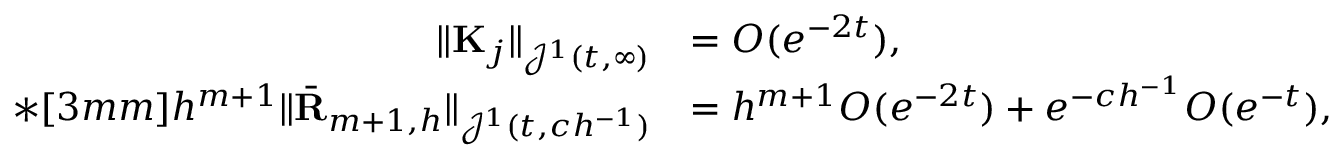
\begin{array} { r l } { \| { \mathbf K } _ { j } \| _ { { \mathcal J } ^ { 1 } ( t , \infty ) } } & { = O ( e ^ { - 2 t } ) , } \\ { * [ 3 m m ] h ^ { m + 1 } \| \bar { \mathbf R } _ { m + 1 , h } \| _ { { \mathcal J } ^ { 1 } ( t , c h ^ { - 1 } ) } } & { = h ^ { m + 1 } O ( e ^ { - 2 t } ) + e ^ { - c h ^ { - 1 } } O ( e ^ { - t } ) , } \end{array}